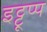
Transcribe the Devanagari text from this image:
इट्टूप्प